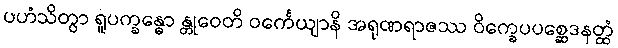
ပဟံသိတွာ ရူပက္ခန္ဓော န္တုဝေတိ ဝင်္ကေယျာနိ အရုဏရာဇဿ ဝိက္ခေပပစ္ဆေဒနတ္ထံ